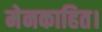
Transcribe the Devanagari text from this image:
मेनकाहित।